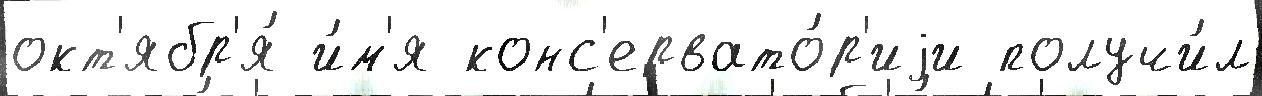
окт'ябр'я́ и́м'я конс'ервато́р'иjи получи́л